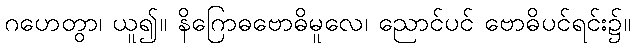
ဂဟေတွာ၊ ယူ၍။ နိဂြောဓဗောဓိမူလေ၊ ညောင်ပင် ဗောဓိပင်ရင်း၌။